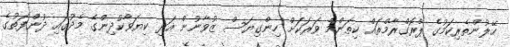
ހޭލުންތެރިކަމުގެ ޕްރޮގްރާމްތައް ކިތަންމެ ވަރަކަށް ހިންގިޔަސް ޒުވާނުން އަދި ކިޔަވާކުދިންގެ މެދުގައި ދުންފަތުގެ